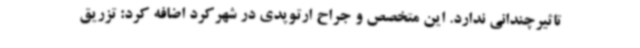
تاثیرچندانی ندارد. این متخصص و جراح ارتوپدی در شهرکرد اضافه کرد: تزریق